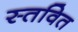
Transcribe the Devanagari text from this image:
स्तवित